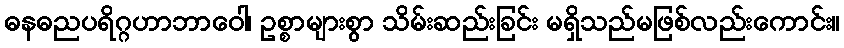
ဓနဓညပရိဂ္ဂဟာဘာဝေါ၊ ဥစ္စာများစွာ သိမ်းဆည်းခြင်း မရှိသည်မဖြစ်လည်းကောင်း။